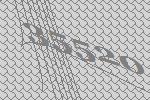
35520